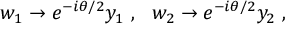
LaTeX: w _ { 1 } \to e ^ { - i \theta / 2 } y _ { 1 } ~ , ~ ~ w _ { 2 } \to e ^ { - i \theta / 2 } y _ { 2 } ~ ,